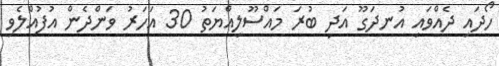
ހޯދައި ދެއްވައި އުނދަގޫ އަދި ބުރަ މައްސޫލިއްޔަތު 30 އަހަރު ވަންދެން އުފުއްލެވި